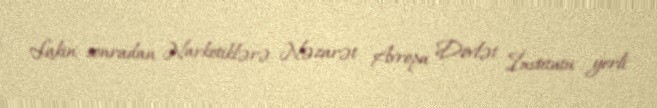
Lakin sonradan Narkotiklərə Nəzarət Avropa Dövlət İnstitutu yerli